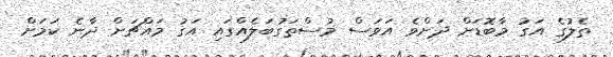
ތެލުގެ އަގު މާބޮޑަށް ދަށްވެ އަވަސް މުސްތަގުބަލެއްގައި އަގު މައްޗަށް ދާނެ ކަމަށް